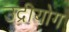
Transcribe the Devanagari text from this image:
उद्रीयोग